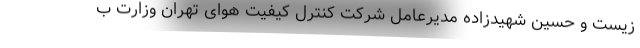
زیست و حسین شهیدزاده مدیرعامل شرکت کنترل کیفیت هوای تهران وزارت ب